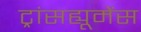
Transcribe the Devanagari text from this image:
ट्रांसह्यूमेंस